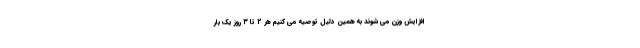
افزایش وزن می شوند به همین دلیل توصیه می کنیم هر ۲ تا ۳ روز یک بار